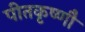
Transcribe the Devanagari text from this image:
पीतकृष्णौ